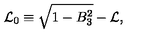
{ \cal L } _ { 0 } \equiv \sqrt { 1 - B _ { 3 } ^ { 2 } } - { \cal L } ,